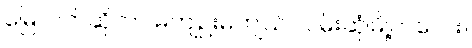
မြေလတ်ဆိုတာ မကျဉ်းမကျယ် လမ်းဆုံမြို့ကလေး။